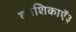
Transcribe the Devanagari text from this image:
कोशिकाएँ३